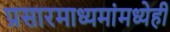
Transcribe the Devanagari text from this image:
प्रसारमाध्यमांमध्येही